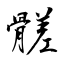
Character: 髊